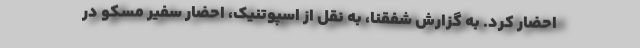
احضار کرد. به گزارش شفقنا، به نقل از اسپوتنیک، احضار سفیر مسکو در